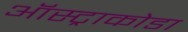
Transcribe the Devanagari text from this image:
ऑस्ट्राकोडा